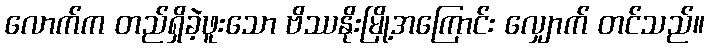
လောက်က တည်ရှိခဲ့ဖူးသော ဗိဿနိုးမြို့အကြောင်း လျှောက် တင်သည်။